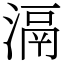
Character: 滆